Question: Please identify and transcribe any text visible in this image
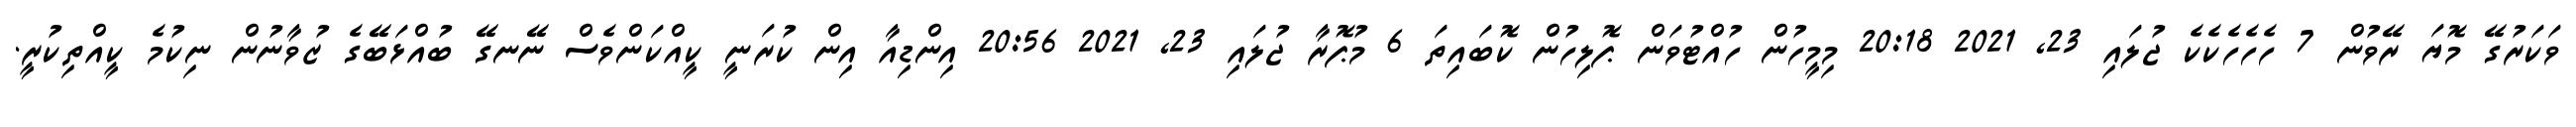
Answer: ވަކަރުގޭ މޮޔަ ރޭވުން 7 ހެހެހެކެކެ ޖުލައި 23, 2021 20:18 މިމީހުން ހުއްޓުވަން ޕޮލިހުން ކޮބައިތަ 6 މުޕޮރާ ޖުލައި 23, 2021 20:56 އިންޑިއާ އިން ކުރަނީ ކީއްކަންވެސް ނޭނގޭ ބުއްޅަބޭގެ ޒުވާނުން ނިކުމެ ކީއްތިކުރީ.